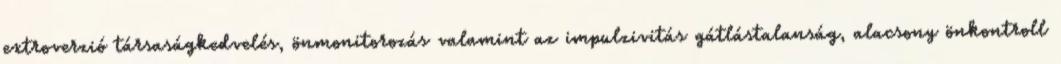
extroverzió társaságkedvelés, önmonitorozás valamint az impulzivitás gátlástalanság, alacsony önkontroll